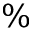
\%